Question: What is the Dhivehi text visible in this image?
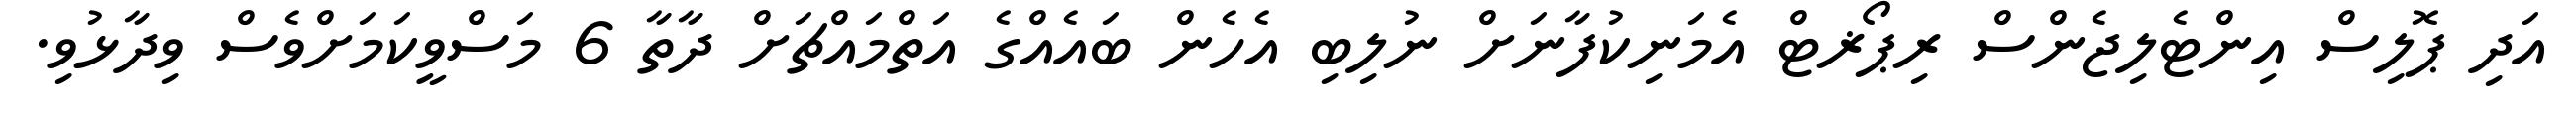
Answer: އަދި ޕޮލިސް އިންޓެލިޖެންސް ރިޕޯޜޓް އެމަނިކުފާނަށް ނުލިބި އެހެން ބައެއްގެ އަތްމައްޗަށް ދާތާ 6 މަސްވީކަމަށްވެސް ވިދާޅުވި.